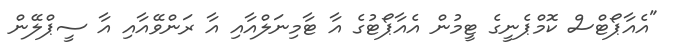
"އެއާޕޯޓްސް ކޮމްޕެނީގެ ޓީމުން އެއާޕޯޓުގެ އާ ޓާމިނަލްއާއި އާ ރަންވޭއާއި އާ ސީޕްލޭން